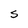
Character: S